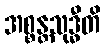
အစ္စန္တသုဒ္ဓီတိ